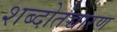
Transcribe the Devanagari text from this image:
शब्दोतच्चारण